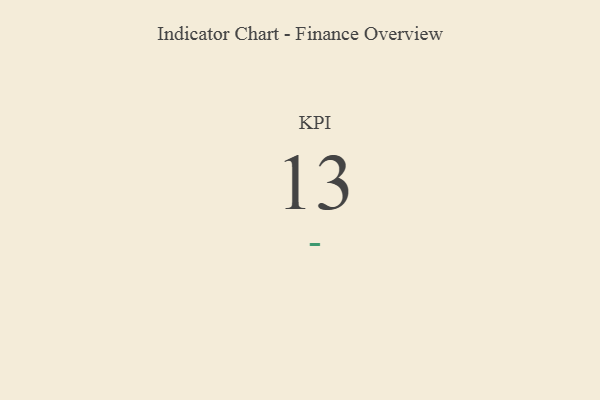
{"axis": {"x": "KPI", "y": "Value"}, "legend": [""], "data": [{"x": "KPI", "y": 13, "type": ""}]}